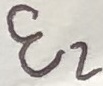
Text: E2